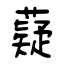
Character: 薿